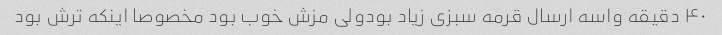
۴۰ دقیقه واسه ارسال قرمه سبزی زیاد بودولی مزش خوب بود مخصوصا اینکه ترش بود